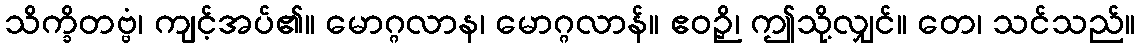
သိက္ခိတဗ္ဗံ၊ ကျင့်အပ်၏။ မောဂ္ဂလာန၊ မောဂ္ဂလာန်။ ဧဝဉှိ၊ ဤသို့လျှင်။ တေ၊ သင်သည်။